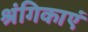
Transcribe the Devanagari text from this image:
श्रंगिकाएं